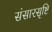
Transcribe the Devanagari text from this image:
संसारसृष्टि